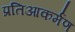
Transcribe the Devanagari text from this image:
प्रतिआकर्मण